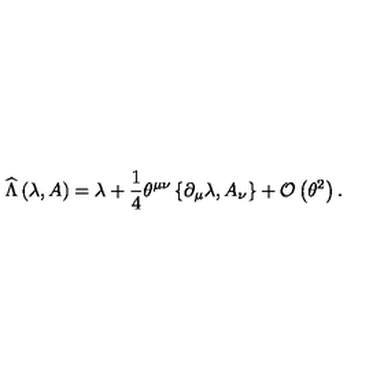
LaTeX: \widehat { \Lambda } \left( \lambda , A \right) = \lambda + \frac { 1 } { 4 } \theta ^ { \mu \nu } \left\{ \partial _ { \mu } \lambda , A _ { \nu } \right\} + { \cal O } \left( \theta ^ { 2 } \right) .